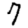
Digit: 7